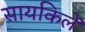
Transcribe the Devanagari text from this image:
सायकिलें